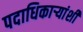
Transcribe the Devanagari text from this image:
पदाधिकार्‍यांशी